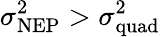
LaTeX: \sigma_{\mathrm{NEP}}^{2}>\sigma_{\mathrm{quad}}^{2}